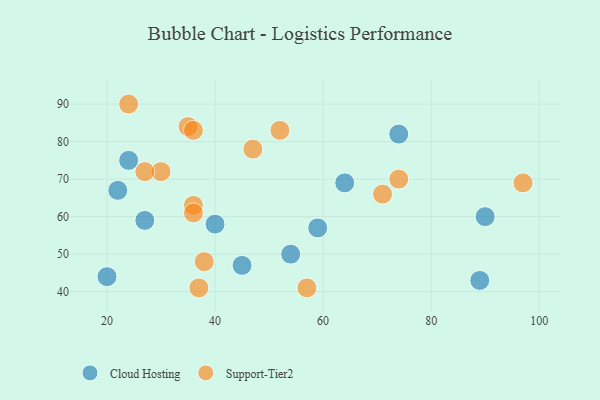
{"axis": {"x": "GDP", "y": "Life Expectancy"}, "legend": ["Cloud Hosting", "Support-Tier2"], "data": [{"x": "40", "y": 58, "type": "Cloud Hosting"}, {"x": "24", "y": 75, "type": "Cloud Hosting"}, {"x": "27", "y": 59, "type": "Cloud Hosting"}, {"x": "45", "y": 47, "type": "Cloud Hosting"}, {"x": "74", "y": 82, "type": "Cloud Hosting"}, {"x": "89", "y": 43, "type": "Cloud Hosting"}, {"x": "54", "y": 50, "type": "Cloud Hosting"}, {"x": "64", "y": 69, "type": "Cloud Hosting"}, {"x": "59", "y": 57, "type": "Cloud Hosting"}, {"x": "90", "y": 60, "type": "Cloud Hosting"}, {"x": "20", "y": 44, "type": "Cloud Hosting"}, {"x": "22", "y": 67, "type": "Cloud Hosting"}, {"x": "71", "y": 66, "type": "Support-Tier2"}, {"x": "74", "y": 70, "type": "Support-Tier2"}, {"x": "52", "y": 83, "type": "Support-Tier2"}, {"x": "30", "y": 72, "type": "Support-Tier2"}, {"x": "35", "y": 84, "type": "Support-Tier2"}, {"x": "47", "y": 78, "type": "Support-Tier2"}, {"x": "37", "y": 41, "type": "Support-Tier2"}, {"x": "36", "y": 63, "type": "Support-Tier2"}, {"x": "24", "y": 90, "type": "Support-Tier2"}, {"x": "36", "y": 61, "type": "Support-Tier2"}, {"x": "57", "y": 41, "type": "Support-Tier2"}, {"x": "27", "y": 72, "type": "Support-Tier2"}, {"x": "38", "y": 48, "type": "Support-Tier2"}, {"x": "36", "y": 83, "type": "Support-Tier2"}, {"x": "97", "y": 69, "type": "Support-Tier2"}]}